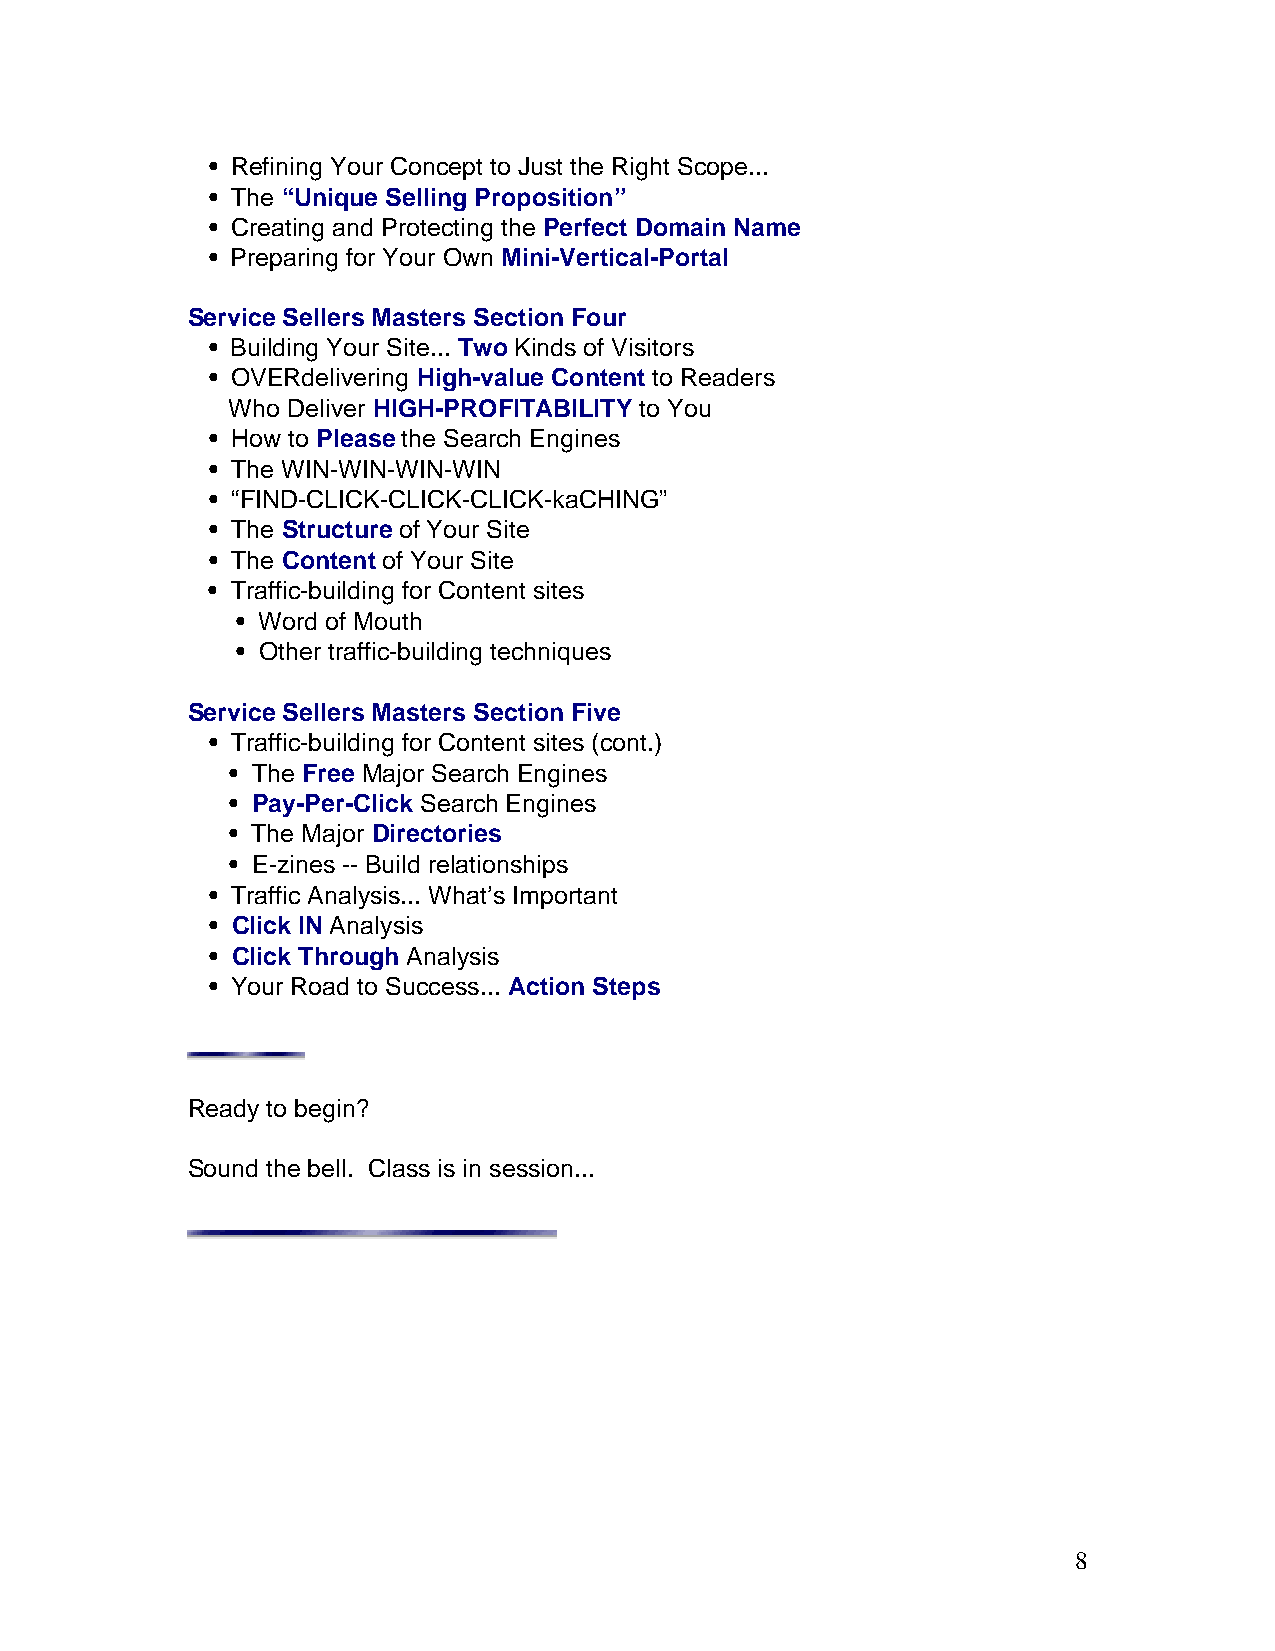
• Refining Your Concept to Just the Right Scope...
 • The “Unique Selling Proposition”
 • Creating and Protecting the Perfect Domain Name
 • Preparing for Your Own Mini-Vertical-Portal
 Service Sellers Masters Section Four
 • Building Your Site... Two Kinds of Visitors
 • OVERdelivering High-value Content to Readers
 Who Deliver HIGH-PROFITABILITY to You
 • How to Please the Search Engines
 • The WIN-WIN-WIN-WIN
 • “FIND-CLICK-CLICK-CLICK-kaCHING”
 • The Structure of Your Site
 • The Content of Your Site
 • Traffic-building for Content sites
 • Word of Mouth
 • Other traffic-building techniques
 Service Sellers Masters Section Five
 • Traffic-building for Content sites (cont.)
 • The Free Major Search Engines
 • Pay-Per-Click Search Engines
 • The Major Directories
 • E-zines -- Build relationships
 • Traffic Analysis... What’s Important
 • Click IN Analysis
 • Click Through Analysis
 • Your Road to Success... Action Steps
 Ready to begin?
 Sound the bell. Class is in session...
 8